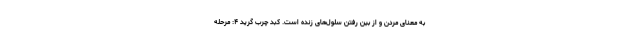
به معنای مردن و از بین رفتن سلول‌های زنده است. کبد چرب گرید ۴: مرحله